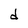
Character: d